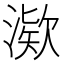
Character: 𪶿